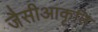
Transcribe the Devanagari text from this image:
जैसीआकृति